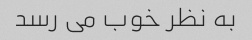
به نظر خوب می رسد